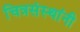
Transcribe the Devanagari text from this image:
चित्रसंस्थांनी